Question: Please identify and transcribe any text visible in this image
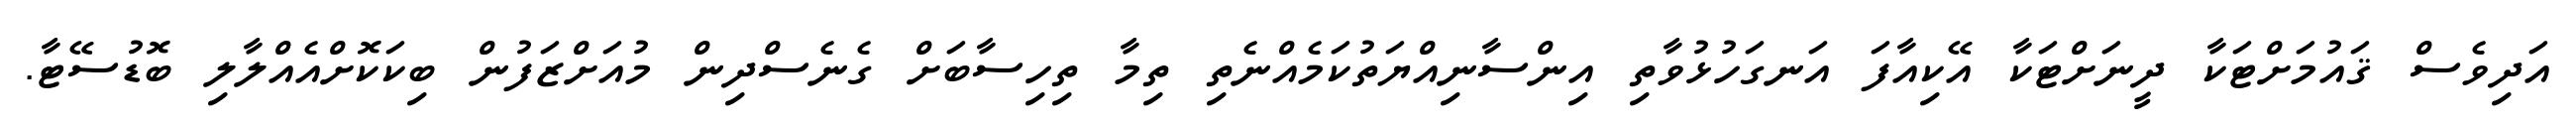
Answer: އަދިވެސް ޤައުމަށްޓަކާ ދީނަށްޓަކާ އޭކިއާފަ އަނގަހުޅުވާތި އިންސާނިއްޔަތުކަމެއްނެތި ތިމާ ތިހިސާބަށް ގެނެސްދިން މުއަށްޒަފުން ބިކަކޮށްއެއްލާލި ބޮޑުސޭޓާ.